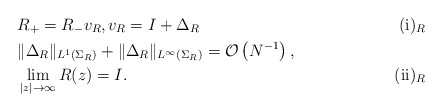
\begin{align*} &R_+ = R_- v_R, v_R=I + \Delta_R \tag*{(i)$_R$} \\ &\| \Delta_R\|_{L^1 (\Sigma_R)}+\| \Delta_R\|_{L^\infty (\Sigma_R)} = \mathcal{O} \left( N^{-1}\right) , \\&\lim_{|z| \to \infty} R(z)=I. \tag*{(ii)$_R$} \end{align*}